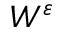
W ^ { \varepsilon }